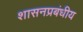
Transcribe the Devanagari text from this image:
शासनप्रबंधीय